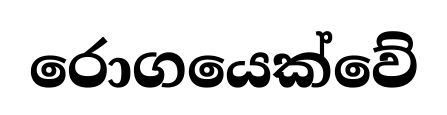
රොගයෙක්වේ